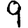
Digit: 9